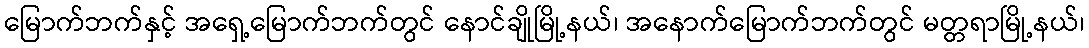
မြောက်ဘက်နှင့် အရှေ့မြောက်ဘက်တွင် နောင်ချိုမြို့နယ်၊ အနောက်မြောက်ဘက်တွင် မတ္တရာမြို့နယ်၊